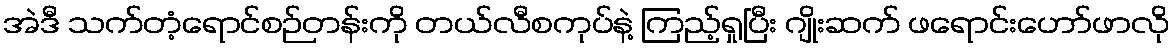
အဲဒီ သက်တံ့ရောင်စဉ်တန်းကို တယ်လီစကုပ်နဲ့ ကြည့်ရှုပြီး ဂျိုးဆက် ဖရောင်းဟော်ဖာလို